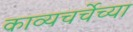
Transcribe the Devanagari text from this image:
काव्यचर्चेच्या